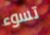
تسوء